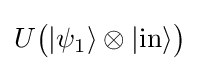
U{\big (}|\psi _{1}\rangle \otimes |{\text{in}}\rangle {\big )}